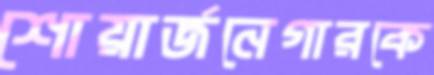
শোয়ার্জনেগারকে